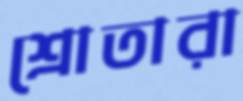
শ্রোতারা